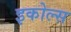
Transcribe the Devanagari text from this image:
इकोल्स